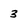
Character: 3